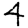
Digit: 4